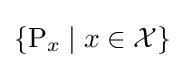
\{\operatorname {P} _{x}\mid x\in {\mathcal {X}}\}